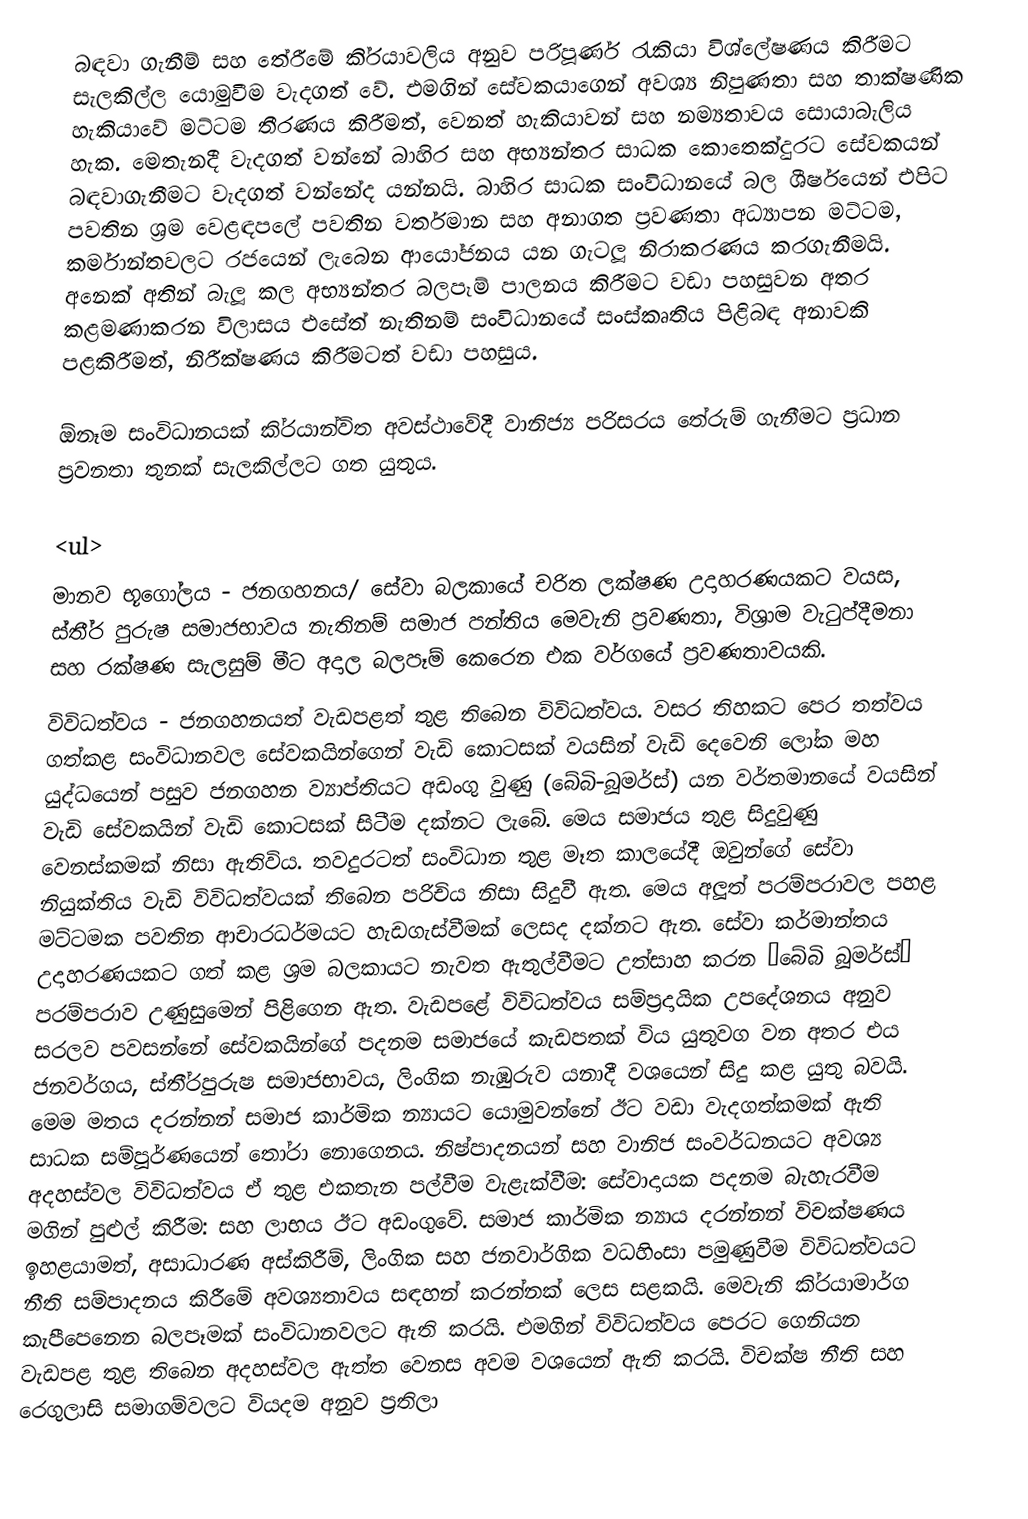
බඳවා ගැනීම් සහ තේරීමේ කි‍්‍රයාවලිය අනුව පරිපූර්ණ රැකියා විශ්ලේෂණය කිරීමට සැලකිල්ල යොමුවීම වැදගත් වේ. එමගින් සේවකයාගෙන් අවශ්‍ය නිපුණතා සහ තාක්ෂණික හැකියාවේ මට්ටම තීරණය කිරීමත්, වෙනත් හැකියාවන් සහ නම්‍යතාවය සොයාබැලිය හැක. මෙතැනදී වැදගත් වන්නේ බාහිර සහ අභ්‍යන්තර සාධක කොතෙක්දුරට සේවකයන් බඳවාගැනීමට වැදගත් වන්නේද යන්නයි. බාහිර සාධක සංවිධානයේ බල ශීර්ෂයෙන් එපිට පවතින ශ‍්‍රම වෙළඳපලේ පවතින වර්තමාන සහ අනාගත ප‍්‍රවණතා අධ්‍යාපන මට්ටම, කර්මාන්තවලට රජයෙන් ලැබෙන ආයෝජනය යන ගැටලූ නිරාකරණය කරගැනීමයි. අනෙක් අතින් බැලූ කල අභ්‍යන්තර බලපෑම් පාලනය කිරීමට වඩා පහසුවන අතර කළමණාකරන විලාසය එසේත් නැතිනම් සංවිධානයේ සංස්කෘතිය පිළිබඳ අනාවකි පළකිරීමත්, නිරීක්ෂණය කිරීමටත් වඩා පහසුය.

ඕනෑම සංවිධානයක් කි‍්‍රයාන්විත අවස්ථාවේදී වානිජ්‍ය පරිසරය තේරුම් ගැනීමට ප‍්‍රධාන ප‍්‍රවනතා තුනක් සැලකිල්ලට ගත යුතුය.

<ul>
මානව භූගෝලය - ජනගහනය/ සේවා බලකායේ චරිත ලක්ෂණ උදාහරණයකට වයස, ස්තී‍්‍ර පුරුෂ සමාජභාවය නැතිනම් සමාජ පන්තිය මෙවැනි ප‍්‍රවණතා, විශ‍්‍රාම වැටුප්දීමනා සහ රක්ෂණ සැලසුම් මීට අදාල බලපෑම් කෙරෙන එක වර්ගයේ ප‍්‍රවණතාවයකි.
විවිධත්වය - ජනගහනයත් වැඩපළත් තුළ තිබෙන විවිධත්වය. වසර තිහකට පෙර තත්වය ගත්කළ සංවිධානවල සේවකයින්ගෙන් වැඩි කොටසක් වයසින් වැඩි දෙවෙනි ලෝක මහ යුද්ධයෙන් පසුව ජනගහන ව්‍යාප්තියට අඩංගු වුණු (බේබි-බූමර්ස්) යන වර්තමානයේ වයසින් වැඩි සේවකයින් වැඩි කොටසක් සිටීම දක්නට ලැබේ. මෙය සමාජය තුළ සිදුවුණු වෙනස්කමක් නිසා ඇතිවිය. තවදුරටත් සංවිධාන තුළ මෑත කාලයේදී ඔවුන්ගේ සේවා නියුක්තිය වැඩි විවිධත්වයක් තිබෙන පරිචිය නිසා සිදුවී ඇත. මෙය අලූත් පරම්පරාවල පහළ මට්ටමක පවතින ආචාරධර්මයට හැඩගැස්වීමක් ලෙසද දක්නට ඇත. සේවා කර්මාන්තය උදාහරණයකට ගත් කළ ශ‍්‍රම බලකායට නැවත ඇතුල්වීමට උත්සාහ කරන ”බේබි බූමර්ස්” පරම්පරාව උණුසුමෙන් පිළිගෙන ඇත. වැඩපළේ විවිධත්වය සම්ප‍්‍රදායික උපදේශනය අනුව සරලව පවසන්නේ සේවකයින්ගේ පදනම සමාජයේ කැඩපතක් විය යුතුවග වන අතර එය ජනවර්ගය, ස්තී‍්‍රපුරුෂ සමාජභාවය, ලිංගික නැඹුරුව යනාදී වශයෙන් සිදු කළ යුතු බවයි. මෙම මතය දරන්නන් සමාජ කාර්මික න්‍යායට යොමුවන්නේ ඊට වඩා වැදගත්කමක් ඇති සාධක සම්පූර්ණයෙන් තෝරා නොගෙනය. නිෂ්පාදනයන් සහ වානිජ සංවර්ධනයට අවශ්‍ය අදහස්වල විවිධත්වය ඒ තුළ එකතැන පල්වීම වැළැක්වීම: සේවාදායක පදනම බැහැරවීම මගින් පුළුල් කිරීම: සහ ලාභය ඊට අඩංගුවේ. සමාජ කාර්මික න්‍යාය දරන්නන් විචක්ෂණය ඉහළයාමත්, අසාධාරණ අස්කිරීම්, ලිංගික සහ ජනවාර්ගික වධහිංසා පමුණුවීම විවිධත්වයට නීති සම්පාදනය කිරීමේ අවශ්‍යතාවය සඳහන් කරන්නක් ලෙස සළකයි. මෙවැනි කි‍්‍රයාමාර්ග කැපීපෙනෙන බලපෑමක් සංවිධානවලට ඇති කරයි. එමගින් විවිධත්වය පෙරට ගෙනියන වැඩපළ තුළ තිබෙන අදහස්වල ඇත්ත වෙනස අවම වශයෙන් ඇති කරයි. විචක්ෂ නීති සහ රෙගුලාසි සමාගම්වලට වියදම අනුව ප‍්‍රතිලා